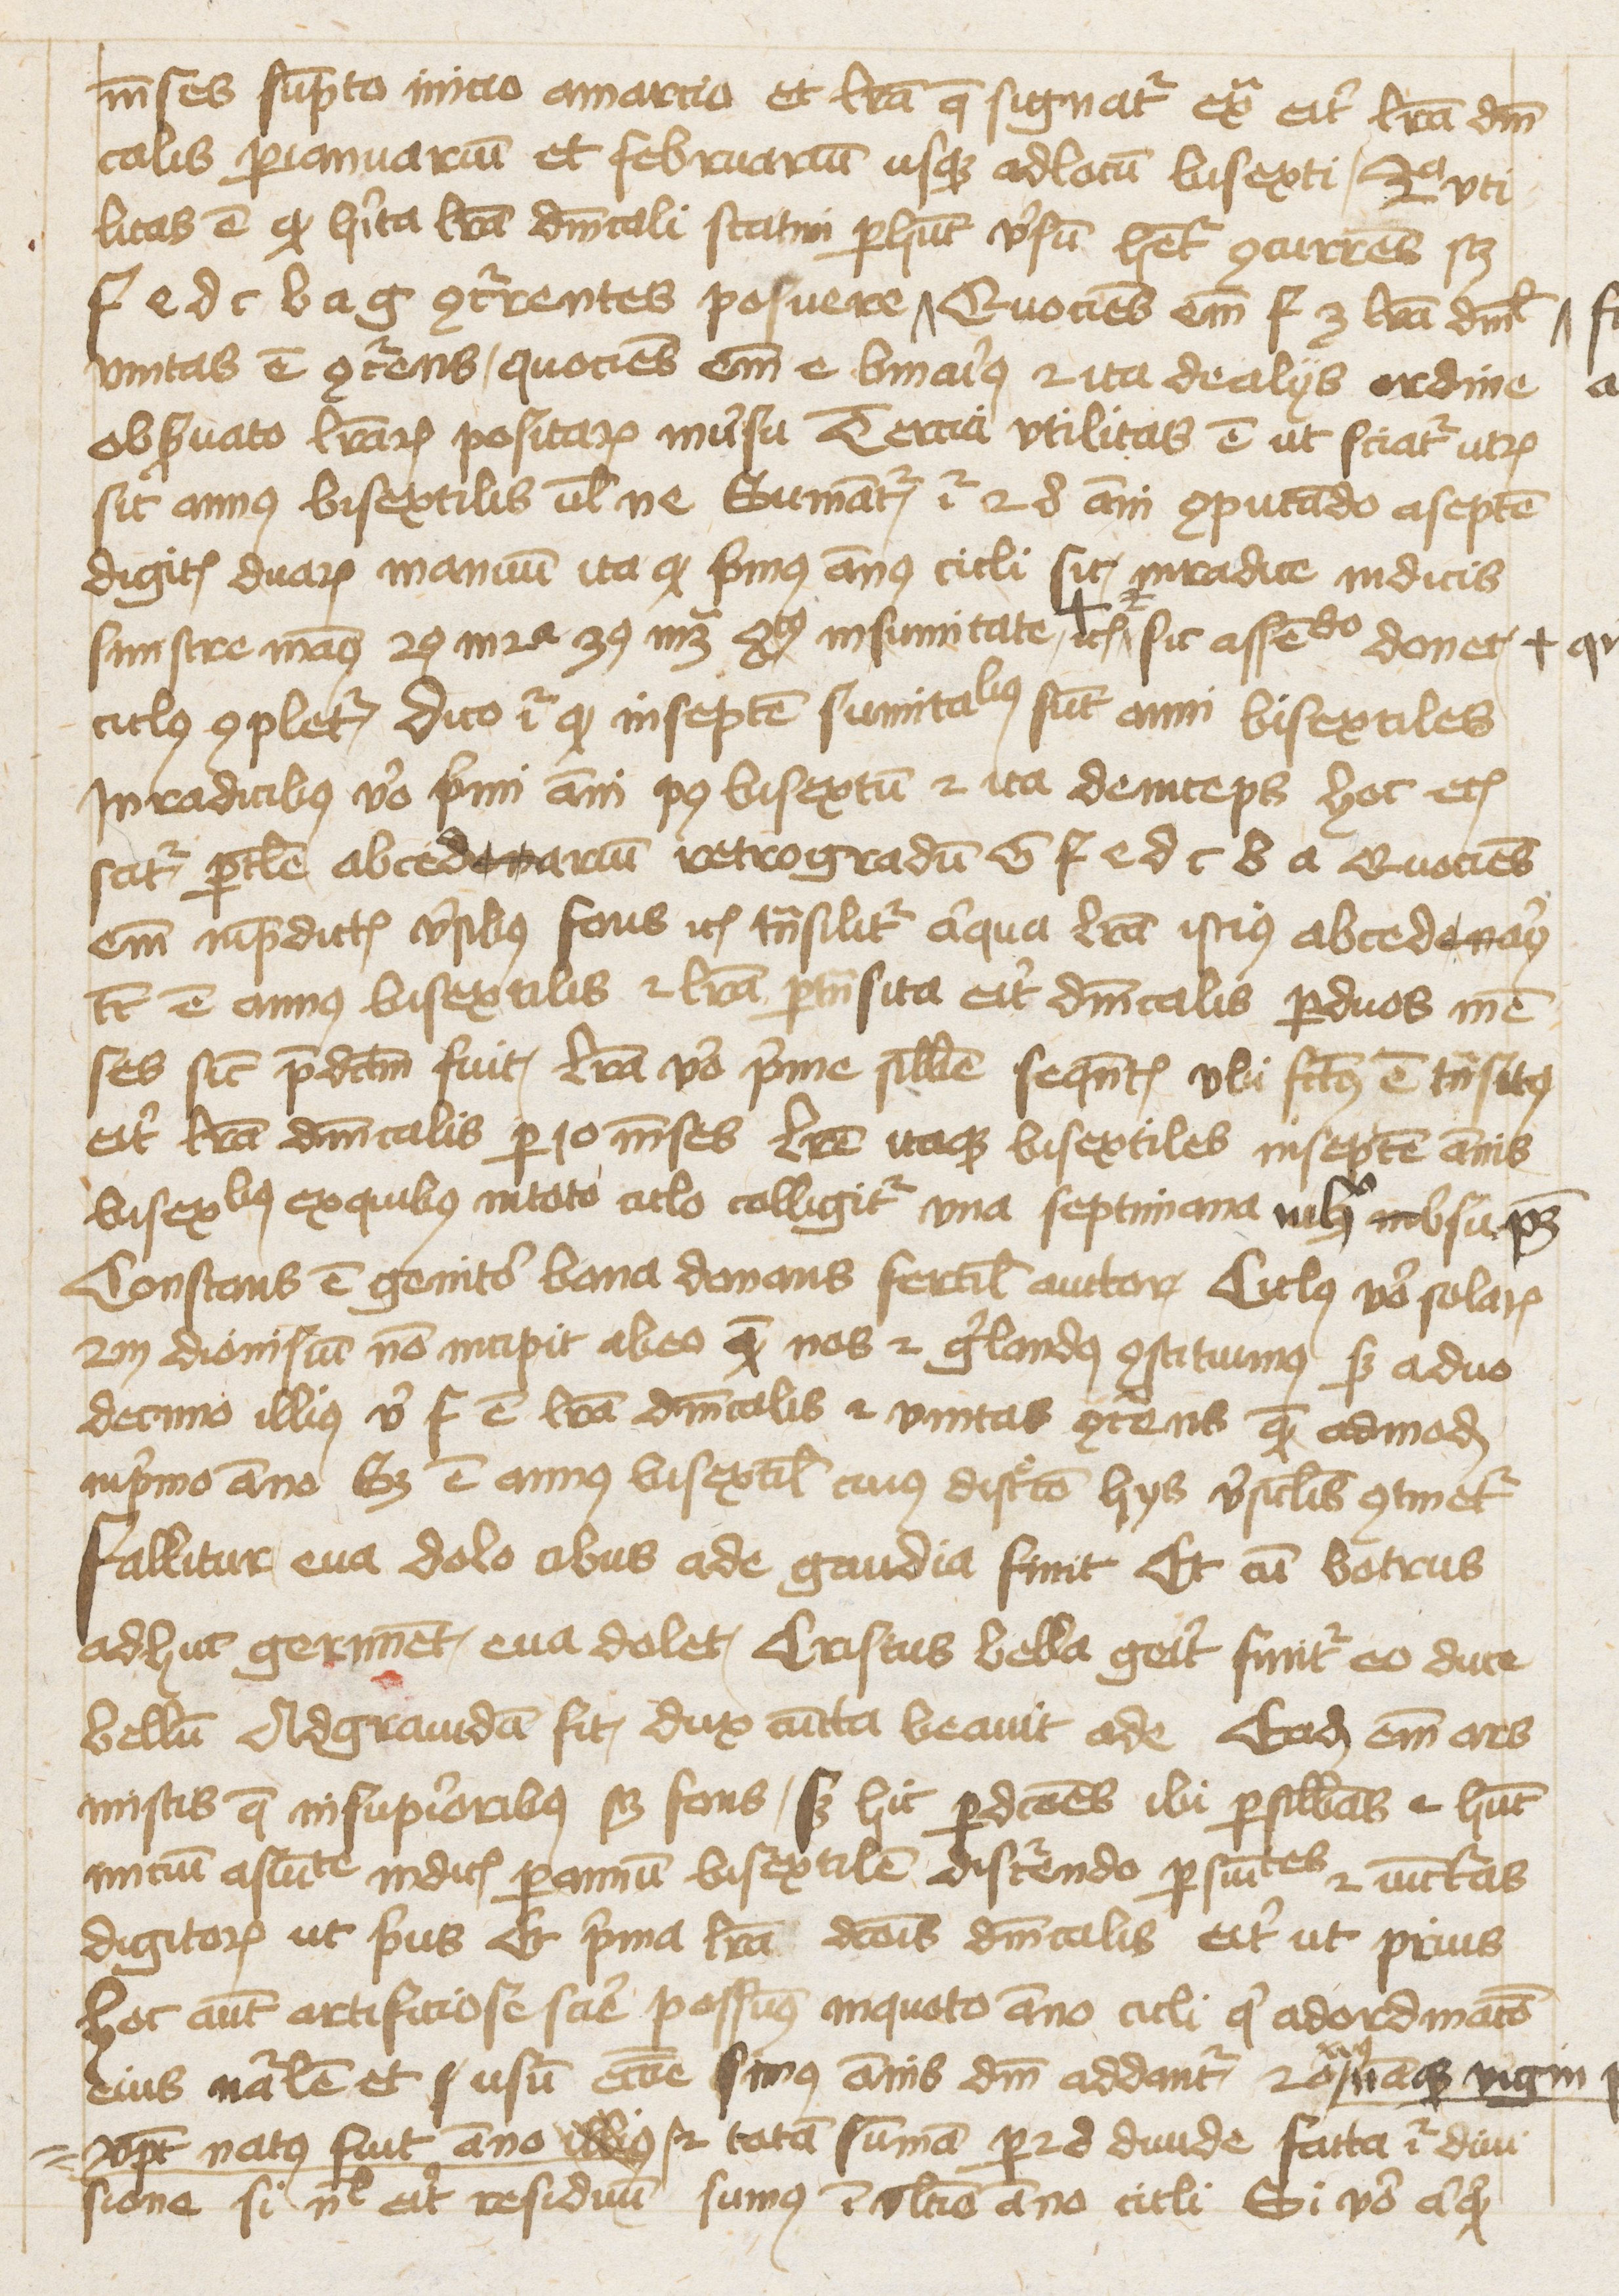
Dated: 1425–1425